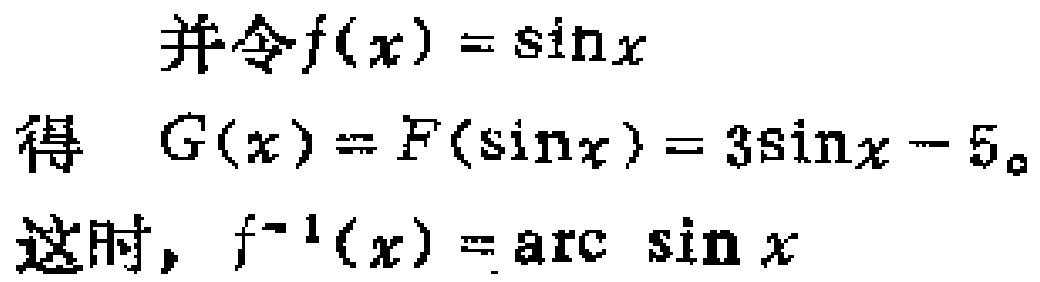
并令\(f(x) = \sin x\)

得 \(G(x)=F(\sin x)=3\sin x - 5\)。

这时，\(f^{-1}(x) = \arcsin x\)